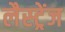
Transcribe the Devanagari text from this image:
लैस्ट्रेंज